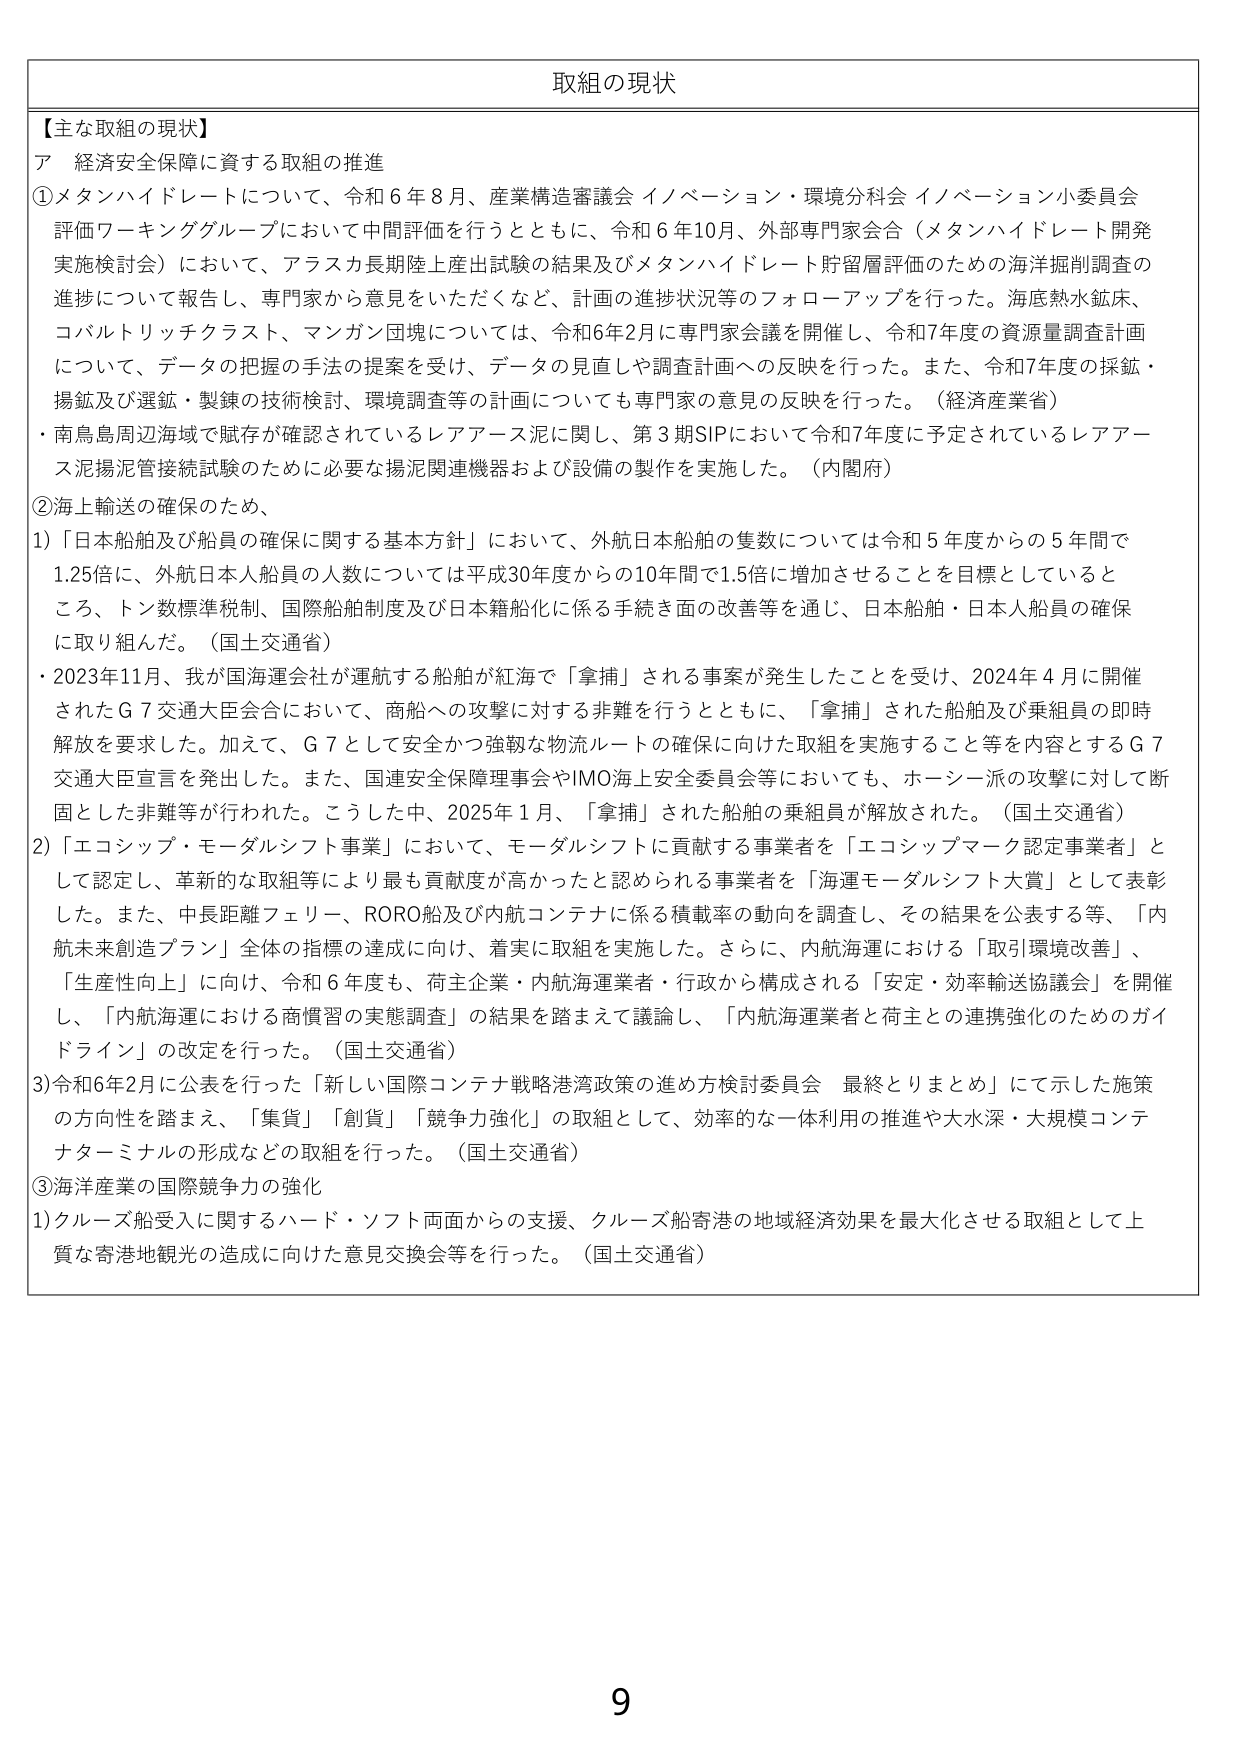
取組の現状

【主な取組の現状】
ア 経済安全保障に資する取組の推進
①メタンハイドレートについて、令和6年8月、産業構造審議会 イノベーション・環境分科会 イノベーション小委員会
評価ワーキンググループにおいて中間評価を行うとともに、令和6年10月、外部専門家会合（メタンハイドレート開発
実施検討会）において、アラスカ長期陸上産出試験の結果及びメタンハイドレート貯留層評価のための海洋掘削調査の
進捗について報告し、専門家から意見をいただくなど、計画の進捗状況等のフォローアップを行った。海底熱水鉱床、
コバルトリッチクラスト、マンガン団塊については、令和6年2月に専門家会議を開催し、令和7年度の資源量調査計画
について、データの把握の手法の提案を受け、データの見直しや調査計画への反映を行った。また、令和7年度の採鉱・
揚鉱及び選鉱・製錬の技術検討、環境調査等の計画についても専門家の意見の反映を行った。（経済産業省）
・南鳥島周辺海域で賦存が確認されているレアアース泥に関し、第3期SIPにおいて令和7年度に予定されているレアアース泥揚泥管接続試験のために必要な揚泥関連機器および設備の製作を実施した。（内閣府）

②海上輸送の確保のため、
1)「日本船舶及び船員の確保に関する基本方針」において、外航日本船舶の隻数については令和5年度からの5年間で
1.25倍に、外航日本人船員の人数については平成30年度からの10年間で1.5倍に増加させることを目標としていると
ころ、トン数標準税制、国際船舶制度及び日本籍船化に係る手続き面の改善等を通じ、日本船舶・日本人船員の確保
に取り組んだ。（国土交通省）
・2023年11月、我が国海運会社が運航する船舶が紅海で「拿捕」される事案が発生したことを受け、2024年4月に開催
されたG7交通大臣会合において、商船への攻撃に対する非難を行うとともに、「拿捕」された船舶及び乗組員の即時
解放を要求した。加えて、G7として安全かつ強靭な物流ルートの確保に向けた取組を実施すること等を内容とするG7
交通大臣宣言を発出した。また、国連安全保障理事会やIMO海上安全委員会等においても、ホーシー派の攻撃に対して断
固とした非難等が行われた。こうした中、2025年1月、「拿捕」された船舶の乗組員が解放された。（国土交通省）
2)「エコシップ・モーダルシフト事業」において、モーダルシフトに貢献する事業者を「エコシップマーク認定事業者」と
して認定し、革新的な取組等により最も貢献度が高かったと認められる事業者を「海運モーダルシフト大賞」として表彰
した。また、中長距離フェリー、RORO船及び内航コンテナに係る積載率の動向を調査し、その結果を公表する等、「内
航未来創造プラン」全体の指標の達成に向け、着実に取組を実施した。さらに、内航海運における「取引環境改善」、
「生産性向上」に向け、令和6年度も、荷主企業・内航海運業者・行政から構成される「安定・効率輸送協議会」を開催
し、「内航海運における商慣習の実態調査」の結果を踏まえて議論し、「内航海運業者と荷主との連携強化のためのガイドライン」の改定を行った。（国土交通省）
3)令和6年2月に公表を行った「新しい国際コンテナ戦略港湾政策の進め方検討委員会 最終とりまとめ」にて示した施策
の方向性を踏まえ、「集貨」「創貨」「競争力強化」の取組として、効率的な一体利用の推進や大水深・大規模コンテ
ナターミナルの形成などの取組を行った。（国土交通省）

③海洋産業の国際競争力の強化
1)クルーズ船受入に関するハード・ソフト両面からの支援、クルーズ船寄港の地域経済効果を最大化させる取組として上
質な寄港地観光の造成に向けた意見交換会等を行った。（国土交通省）

9